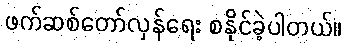
ဖက်ဆစ်တော်လှန်ရေး စနိုင်ခဲ့ပါတယ်။